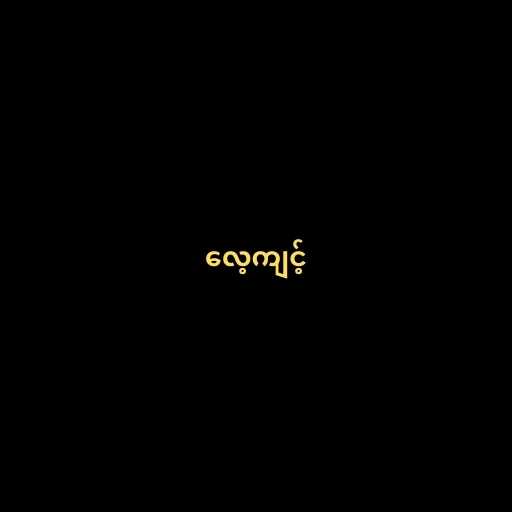
လေ့ကျင့်